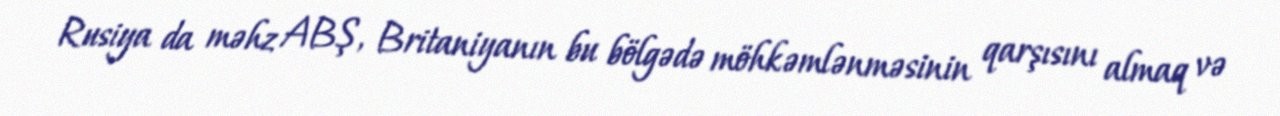
Rusiya da məhz ABŞ, Britaniyanın bu bölgədə möhkəmlənməsinin qarşısını almaq və